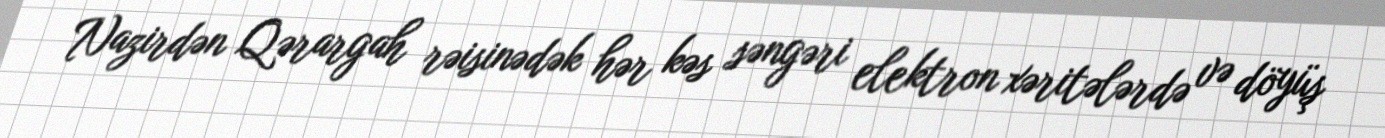
Nazirdən Qərargah rəisinədək hər kəs səngəri elektron xəritələrdə və döyüş